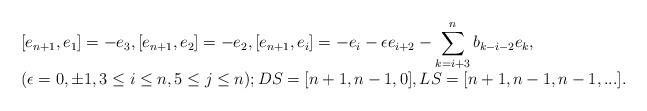
LaTeX: \begin{align*}\begin{array}{l}\displaystyle [e_{n+1},e_1]=-e_3,[e_{n+1},e_{2}]=-e_2,[e_{n+1},e_i]=-e_i-\epsilon e_{i+2}-\sum_{k=i+3}^n{b_{k-i-2}e_k},\\\displaystyle (\epsilon=0,\pm1,3\leq i\leq n,5\leq j\leq n);DS=[n+1,n-1,0],LS=[n+1,n-1,n-1,...].\end{array} \end{align*}